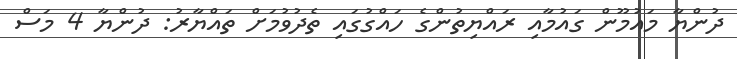
ދުންޔާ މައުމޫން ގައުމާއި ރައްޔިތުންގެ ހައްގުގައި ތެދުވުމަށް ތައްޔާރު: ދުންޔާ 4 މަސް